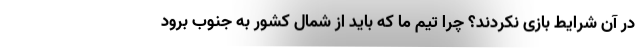
در آن شرایط بازی نکردند؟ چرا تیم ما که باید از شمال کشور به جنوب برود